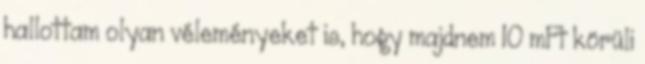
hallottam olyan véleményeket is, hogy majdnem 10 mFt körüli